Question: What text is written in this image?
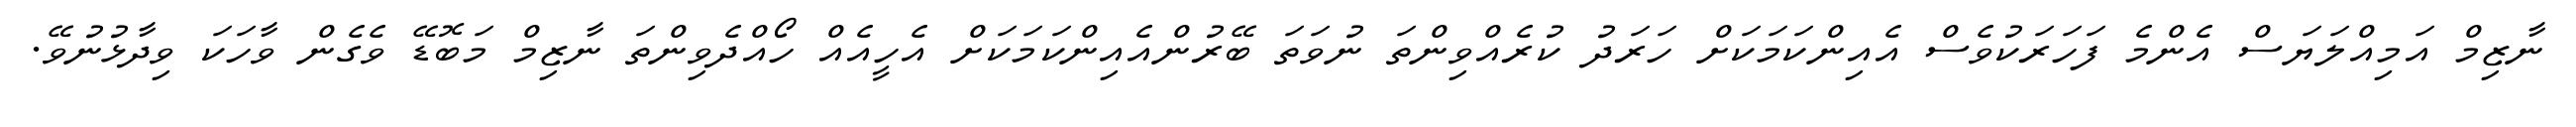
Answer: ނާޒިމް އަމިއްލަޔަސް އެންމެ ފަހަރަކުވެސް އެއިންކަމަކަށް ހަރަދު ކުރެއްވިންތަ ނުވަތަ ބޭރުންއެއިންކަމަކަށް އެހީއެއް ހޯއްދެވިންތަ ނާޒިމް މަބޮޑޭ ވެގެން ވާހަކަ ވިދާޅުނުވޭ.